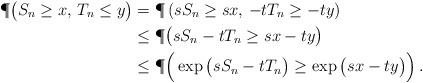
LaTeX: \begin{align*}\P\big({S_n}\geq x,\,{T_n}\leq y \big)&=\P\left(sS_n\geq sx,\,-tT_n\geq -ty\right)\\&\leq\P\big(sS_n-tT_n\geq sx-ty\big)\\&\leq\P\Big(\exp\big(sS_n-tT_n\big)\geq \exp\big(sx-ty\big)\Big)\,.\end{align*}